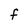
Character: F